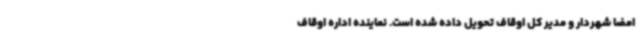
امضا شهردار و مدیر کل اوقاف تحویل داده شده است. نماینده اداره اوقاف